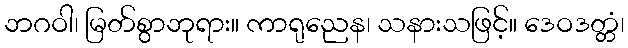
ဘဂဝါ၊ မြတ်စွာဘုရား။ ကာရုညေန၊ သနားသဖြင့်။ ဒေဝဒတ္တံ၊